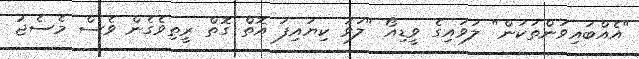
"އެއްބައިވަންތަކަން" ލަވައިގެ ވީޑިއޯ "ލަވަ ކިޔައިފަ އޮތް ގޮތް ރީތިވެގެން ވެސް މެސެޖު